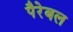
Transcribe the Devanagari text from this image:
पैरेबल